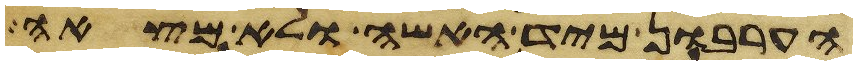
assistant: הערבון מיד האשה ולא מצאה